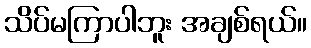
သိပ်မကြာပါဘူး အချစ်ရယ်။